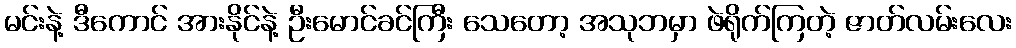
မင်းနဲ့ ဒီကောင် အားနိုင်နဲ့ ဦးမောင်ခင်ကြီး သေတော့ အသုဘမှာ ဖဲရိုက်ကြတဲ့ ဇာတ်လမ်းလေး